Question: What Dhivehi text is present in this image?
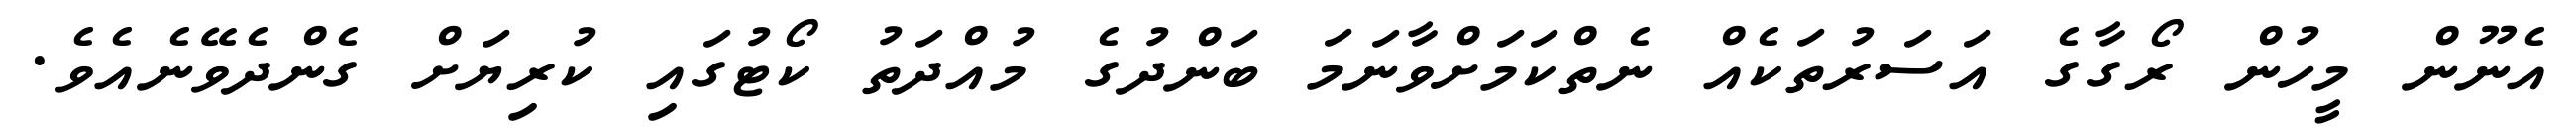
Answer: އެނޫން މީހުން ރޯގާގެ އަސަރުތަކެއް ނެތްކަމަށްވާނަމަ ބަންދުގެ މުއްދަތު ކޯޓުގައި ކުރިޔަށް ގެންދެވޭނެއެވެ.